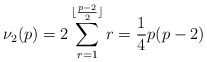
\begin{align*}\nu_2 (p) = 2\sum_{r = 1}^{\lfloor \frac{p-2}{2} \rfloor} r = \frac{1}{4} p(p - 2)\end{align*}